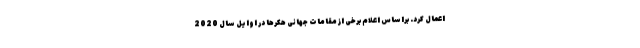
اعمال کرد. براساس اعلام برخی از مقامات جهانی هکرها در اوایل سال 2020